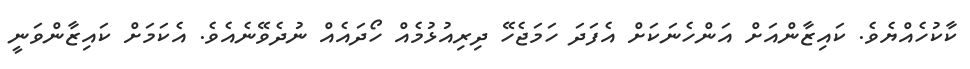
ކާކުހެއްޔެވެ. ކައިޒާންއަށް އަންހެނަކަށް އެފަދަ ހަމަޖެހޭ ދިރިއުޅުމެއް ހޯދައެއް ނުދެވޭނެއެވެ. އެކަމަށް ކައިޒާންވަނީ